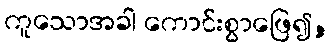
ကူသောအခါ ကောင်းစွာဖြေ၍,